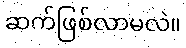
ဆက်ဖြစ်လာမလဲ။